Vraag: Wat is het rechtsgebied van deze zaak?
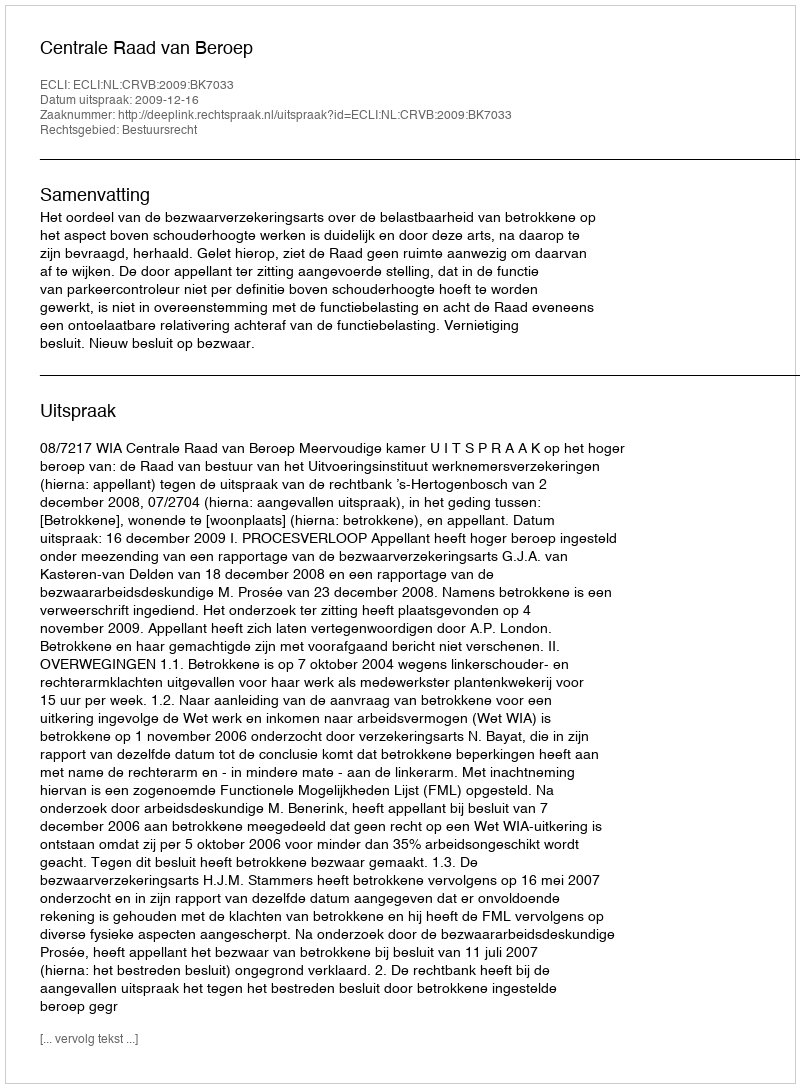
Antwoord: Bestuursrecht